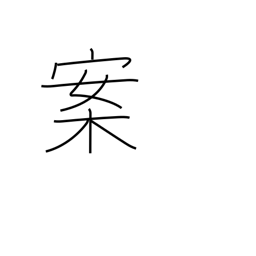
Meaning: proposition